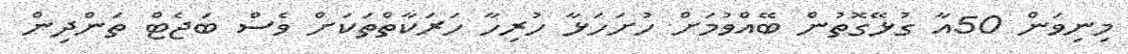
މިނިވަން 50އާ ގުޅޭގޮތުން ބޭއްވުމަށް ހުށަހަޅާ ހުރިހާ ހަރަކާތްތަކަށް ވެސް ބަޖެޓް ތަންދިން